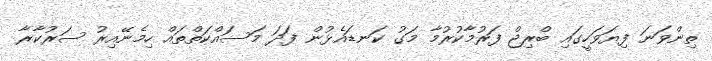
ތިންވަނަ ފިޔަވަހީގައި ބްރިޖް ފަރުމާކުރުމާ މަގު ކަނޑައެޅުން ފަދަ މަސައްކަތްތައް ހިމެނޭއިރު ސަރުކާރާ